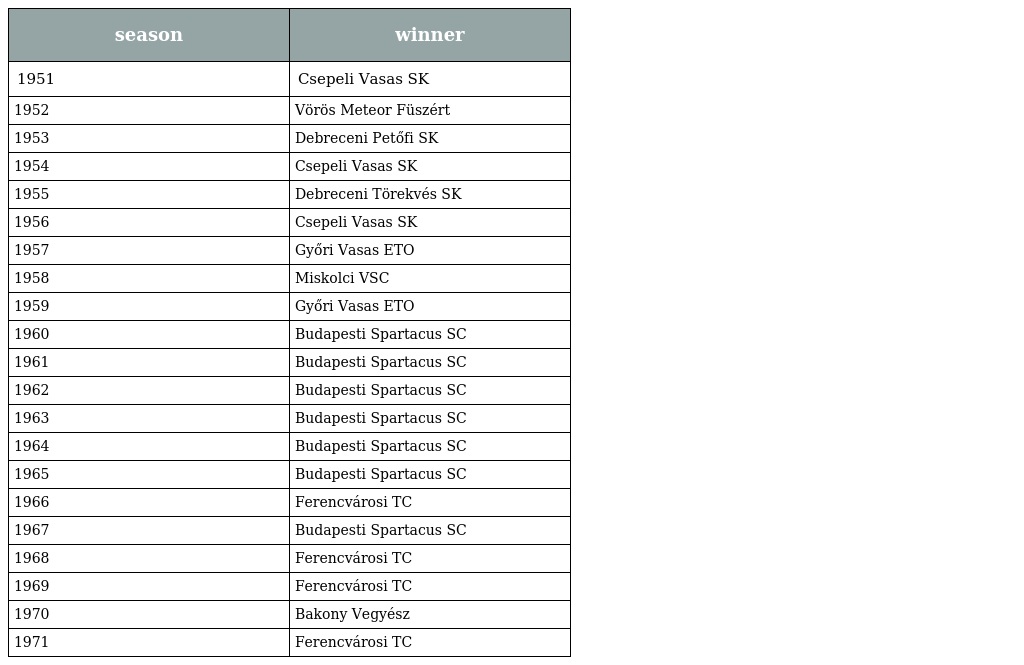
| season | winner |
 | --- | --- |
 | 1951 | Csepeli Vasas SK |
 | 1952 | Vörös Meteor Füszért |
 | 1953 | Debreceni Petőfi SK |
 | 1954 | Csepeli Vasas SK |
 | 1955 | Debreceni Törekvés SK |
 | 1956 | Csepeli Vasas SK |
 | 1957 | Győri Vasas ETO |
 | 1958 | Miskolci VSC |
 | 1959 | Győri Vasas ETO |
 | 1960 | Budapesti Spartacus SC |
 | 1961 | Budapesti Spartacus SC |
 | 1962 | Budapesti Spartacus SC |
 | 1963 | Budapesti Spartacus SC |
 | 1964 | Budapesti Spartacus SC |
 | 1965 | Budapesti Spartacus SC |
 | 1966 | Ferencvárosi TC |
 | 1967 | Budapesti Spartacus SC |
 | 1968 | Ferencvárosi TC |
 | 1969 | Ferencvárosi TC |
 | 1970 | Bakony Vegyész |
 | 1971 | Ferencvárosi TC |